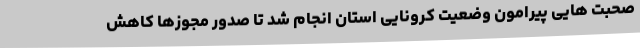
صحبت هایی پیرامون وضعیت کرونایی استان انجام شد تا صدور مجوزها کاهش